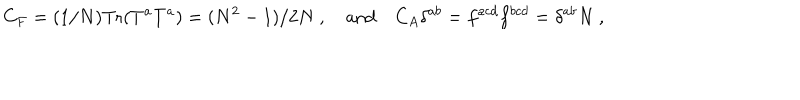
C _ { F } = ( 1 / N ) \mathrm { T r } ( T ^ { a } T ^ { a } ) = ( N ^ { 2 } - 1 ) / 2 N \ , \quad \mathrm { a n d } \quad C _ { A } \delta ^ { a b } = f ^ { a c d } f ^ { b c d } = \delta ^ { a b } N \ ,